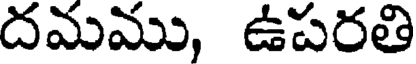
దమము, ఉపరతి